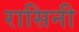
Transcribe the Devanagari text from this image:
रासिनी